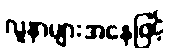
လူနာများအနေဖြင့်